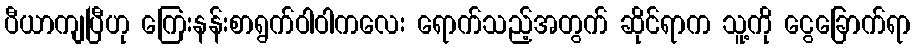
ပီယာကျပြီဟု ကြေးနန်းစာရွက်ဝါဝါကလေး ရောက်သည့်အတွက် ဆိုင်ရာက သူ့ကို ငွေခြောက်ရာ